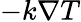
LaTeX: -k\nabla T